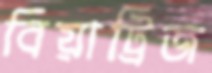
বিয়াট্রিজ